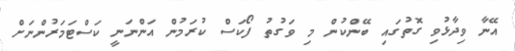
އޭނާ ވިދާޅުވި ގޮތުގައި ބޭންކުން މި ވަގުތު ފޯކަސް ކުރަމުން އަންނަނީ ކަސްޓަމަރުންނަށް